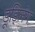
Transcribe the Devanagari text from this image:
डूड्लिंग